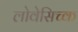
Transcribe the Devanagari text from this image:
लोवेसिच्क